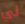
لي